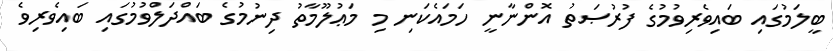
ބީލަމުގައި ބައިވެރިވުމުގެ ފުރުޞަތު އޮންނާނީ ހަމައެކަނި މި މަޢުލޫމާތު ދިނުމުގެ ބައްދަލްވުމުގައި ބައިވެރިވެ